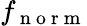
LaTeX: f_{\mathrm{~n~o~r~m~}}